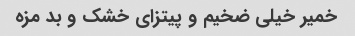
خمیر خیلی ضخیم و پیتزای خشک و بد مزه